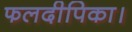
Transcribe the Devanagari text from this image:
फलदीपिका।